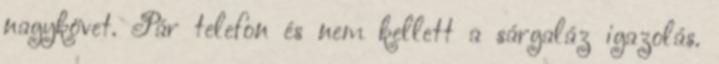
nagykövet. Pár telefon és nem kellett a sárgaláz igazolás.